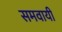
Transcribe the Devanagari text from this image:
समवायी